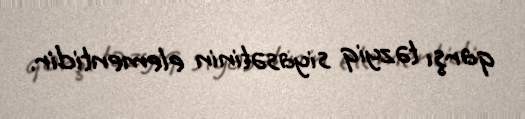
qarşı təzyiq siyasətinin elementidir.